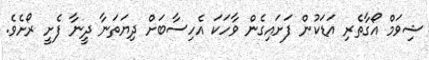
ޝިވަމް އޯގާތެރި އަޑަކުން ފަށައިގެން ވާހަކަ އެހިސާބަށް ދިޔަތަނާ ދީނާ ފެށީ ރޯށެވެ.